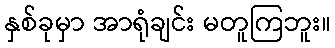
နှစ်ခုမှာ အာရုံချင်း မတူကြဘူး။